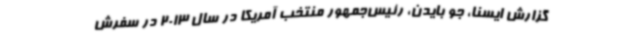
گزارش ایسنا، جو بایدن، رئیس‌جمهور منتخب آمریکا در سال 2013 در سفرش